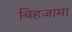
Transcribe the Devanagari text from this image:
बिहजामा